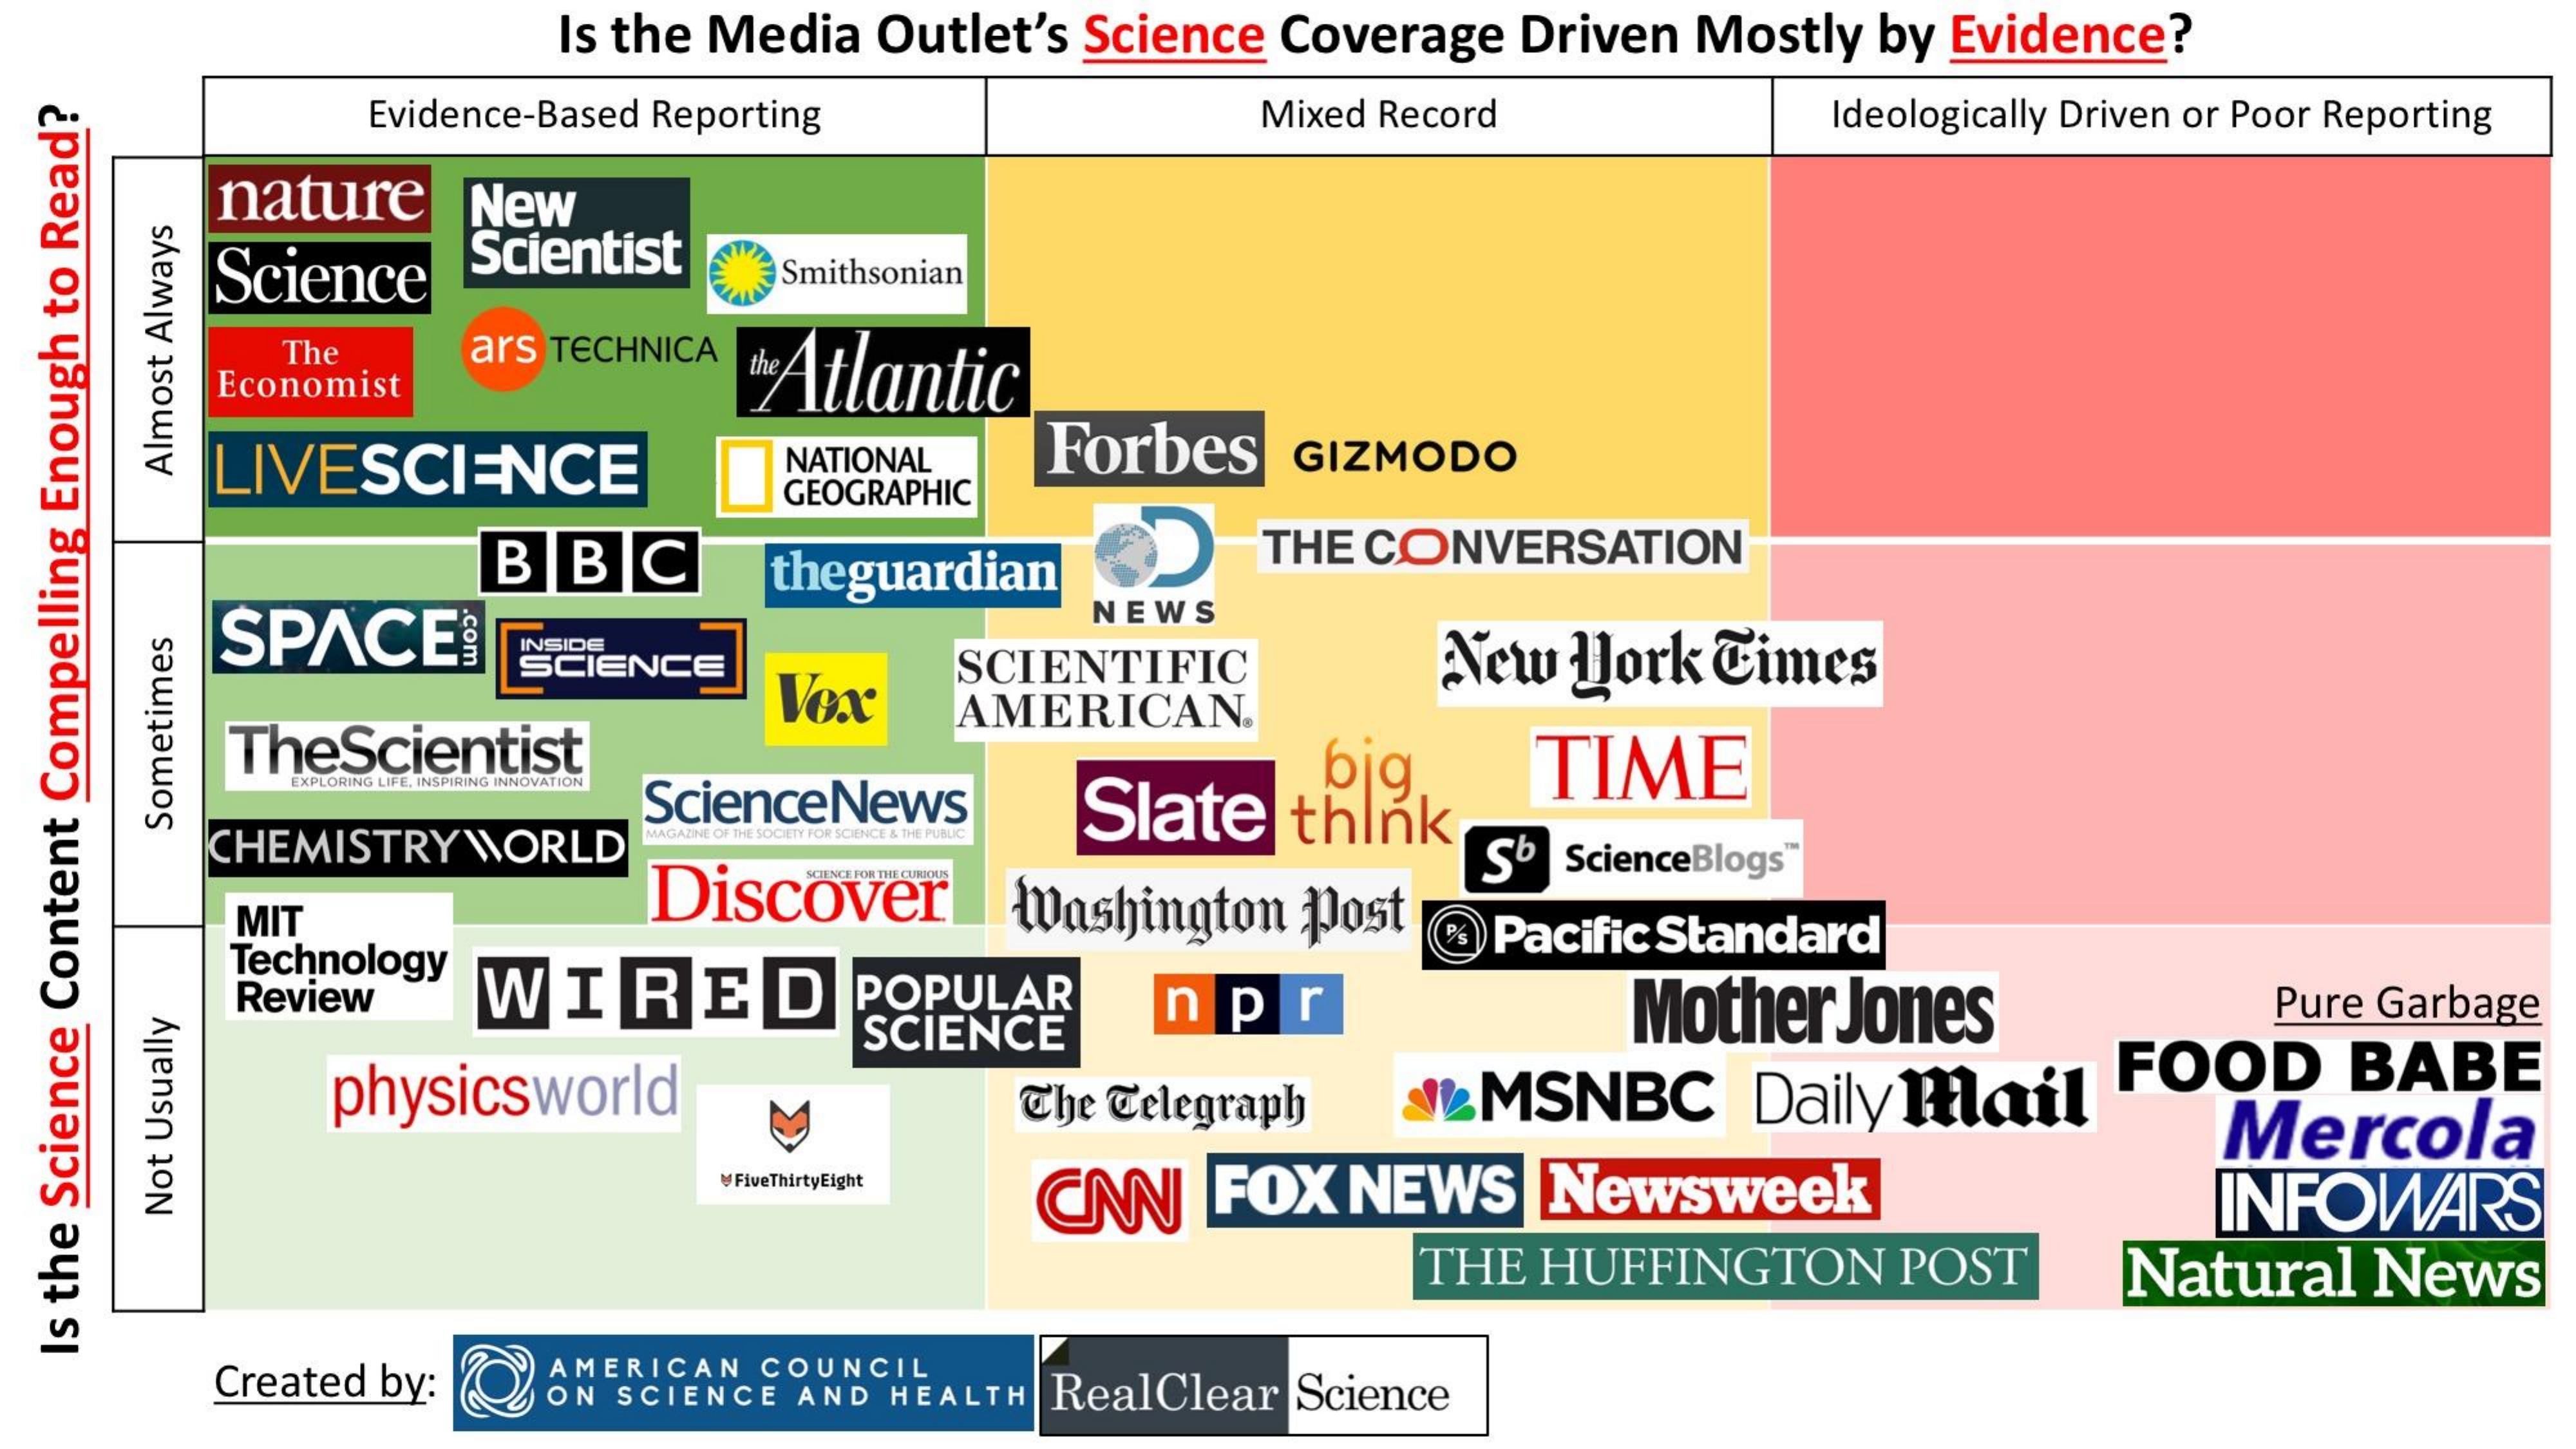
Is the Media Outlet's Science Coverage Driven Mostly by Evidence?
     Evidence-Based Reporting    Mixed Record    Ideologically Driven or Poor Reporting
     nature  New
     Science Scientist
     Smithsonian
     The  ars TECHNICA
     the Atlantic Economist
     LIVESCIENCE    NATIONAL Forbes GIZMODO
     GEOGRAPHIC
     Almost
     Always
     BBC    theguardian
     D   THE CONVERSATION
     SPACES
     NEWS
     com INSIDE
     SCIENCE    SCIENTIFIC    New york Times
     TheScientist
     Vox   AMERICAN®
     ScienceNews
     big
     Slate think
     TIME
     EXPLORING LIFE, INSPIRING INNOVATION
     CHEMISTRY WORLD
     MAGAZINE OF THE SOCIETY FOR SCIENCE & THE PUBLIC
     Sometimes
     Discover
     MIT    Washington Post
     Sb ScienceBlogs"
     Technology
     Review  WIRED
     Pacific Standard
     POPULAR
     SCIENCE
     npr    Mother Jones    Pure Garbage
     physicsworld    The Telegraph MSNBC    Daily mail  FOOD   BABE
     FiveThirtyEight
     CNN  FOX NEWS   Newsweek
     Mercola
     INFOWARS Not
     Usually
     THE HUFFINGTON POST   Natural News
     Created by:
     AMERICAN COUNCIL
  Is
  the
  Science
  Content
  Compelling
  Enough
  to
  Read?
     ON SCIENCE AND HEALTH RealClear Science